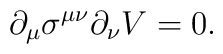
\partial_{\mu}\sigma^{\mu \nu} \partial_{\nu}V = 0.